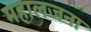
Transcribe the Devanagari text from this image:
महालजना